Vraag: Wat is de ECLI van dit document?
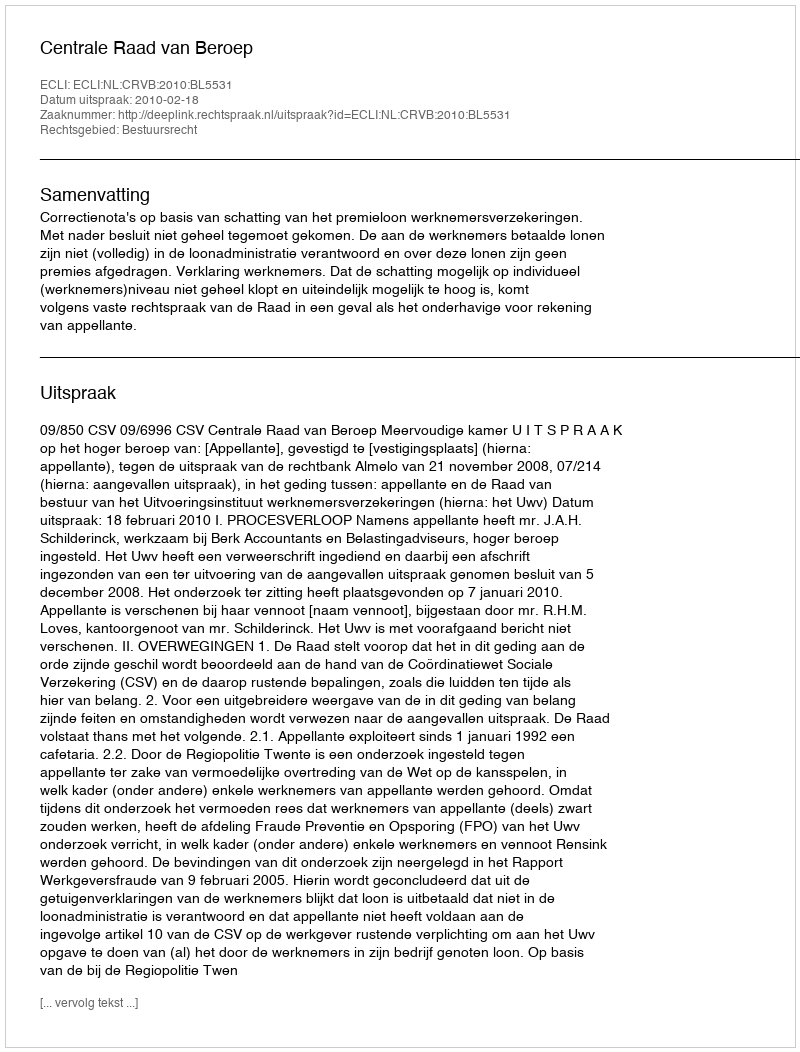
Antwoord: ECLI:NL:CRVB:2010:BL5531